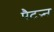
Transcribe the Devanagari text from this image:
पैटऱ्न